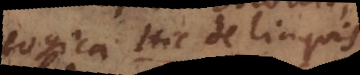
logica. Hic de linguis